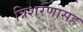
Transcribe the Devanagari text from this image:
त्रिशरणासह